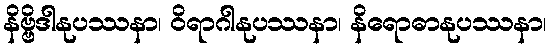
နိဗ္ဗိဒါနုပဿနာ၊ ဝိရာဂါနုပဿနာ၊ နိရောဓာနုပဿနာ၊